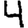
Digit: 4